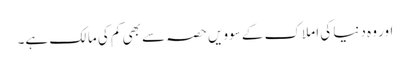
اور وہ دنیا کی املاک کے سوویں حصہ سے بھی کم کی مالک ہے۔